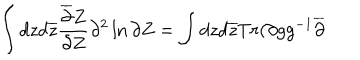
LaTeX: \int d z d \overline { { { z } } } \frac { \overline { { { \partial } } } Z } { \partial Z } \partial ^ { 2 } \ln \partial Z = \int d z d \overline { { { z } } } T r ( \partial g g ^ { - 1 } \overline { { { \partial } } }